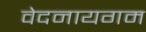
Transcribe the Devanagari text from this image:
वेदनायगम